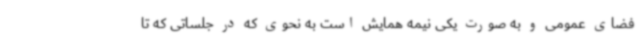
فضای عمومی و به صورت یکی نیمه همایش است به نحوی که در جلساتی که تا